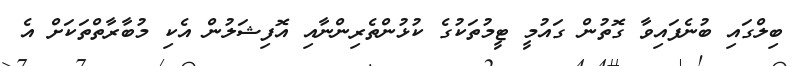
ބިލްގައި ބުނެފައިވާ ގޮތުން ގައުމީ ޓީމުތަކުގެ ކުޅުންތެރިންނާއި އޮފިޝަލުން އެކި މުބާރާތްތަކަށް އެ